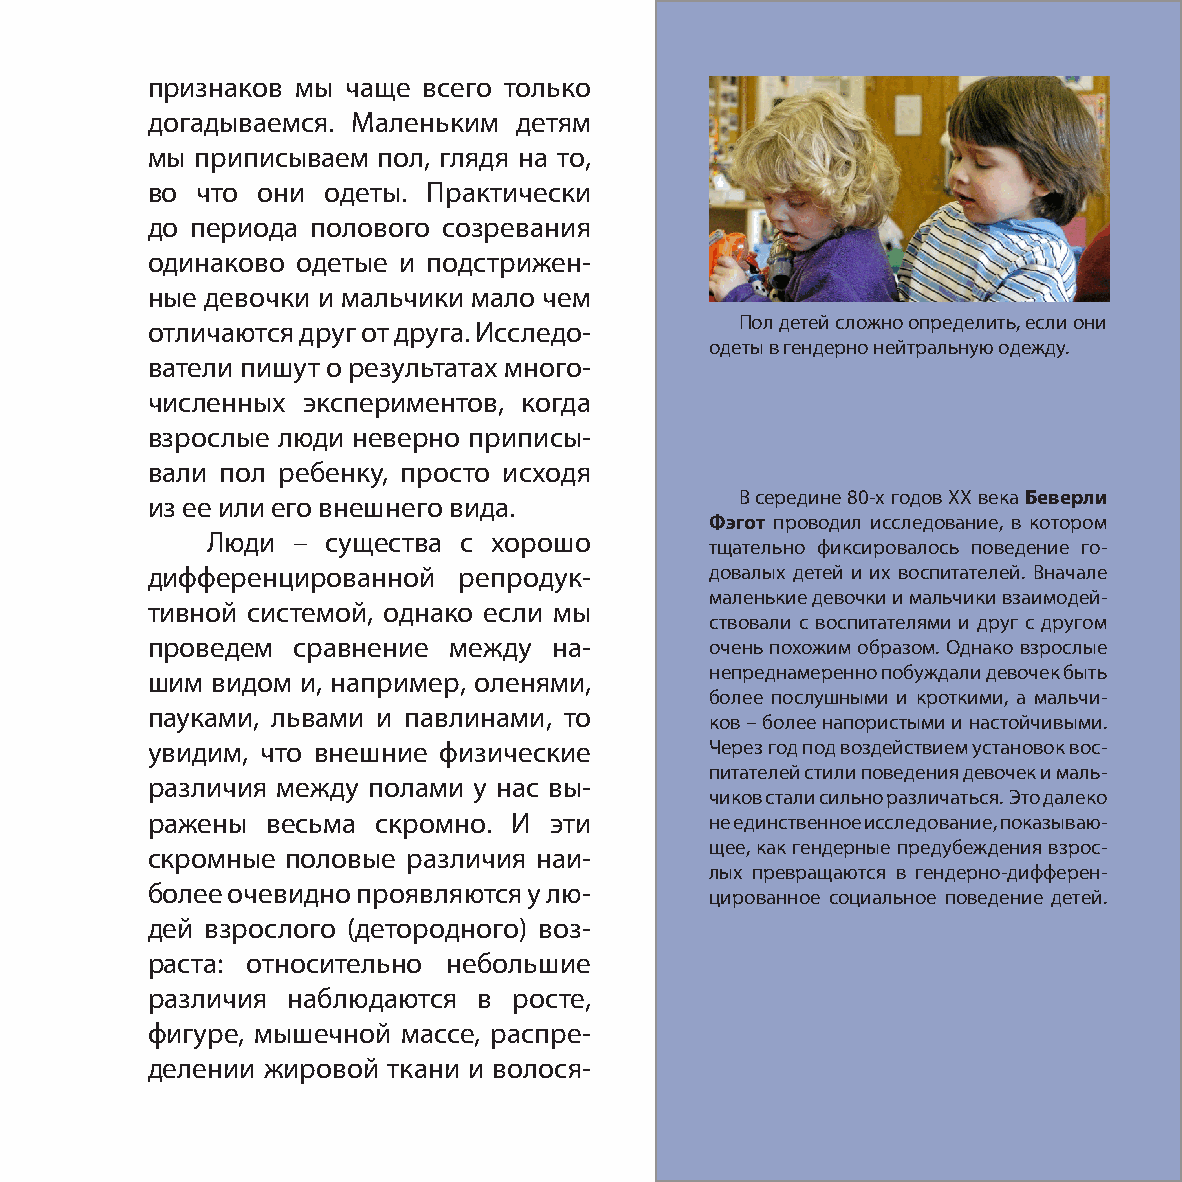
признаков мы чаще всего только
 догадываемся. Маленьким детям
 мы приписываем пол, глядя на то,
 во что они  одеты. Практически
 до периода полового созревания
 одинаково одетые и подстрижен-
 ные девочки и мальчики мало чем
 Пол детей сложно определить, если они
 отличаются друг от друга. Исследо-
 одеты в гендерно нейтральную одежду.
 ватели пишут о результатах много-
 численных экспериментов, когда
 взрослые люди неверно приписы-
 вали пол ребенку, просто исходя
 В середине 80-х годов XX века Беверли
 из ее или его внешнего вида.
 Фэгот проводил исследование, в котором
 Люди –  существа с хорошо
 тщательно фиксировалось поведение го-
 дифференцированной  репродук-        довалых детей и их воспитателей. Вначале
 маленькие девочки и мальчики взаимодей-
 тивной системой, однако если мы
 ствовали с воспитателями и друг с другом
 проведем сравнение  между  на-       очень похожим образом. Однако взрослые
 непреднамеренно побуждали девочек быть
 шим видом и, например, оленями,
 более послушными и кроткими, а мальчи-
 пауками, львами и павлинами, то
 ков – более напористыми и настойчивыми.
 увидим, что внешние физические       Через год под воздействием установок вос-
 питателей стили поведения девочек и маль-
 различия между полами у нас вы-
 чиков стали сильно различаться. Это далеко
 ражены  весьма скромно. И эти        не единственное исследование, показываю-
 щее, как гендерные предубеждения взрос-
 скромные половые различия наи-
 лых превращаются в гендерно-дифферен-
 более очевидно проявляются у лю-
 цированное социальное поведение детей.
 дей взрослого (детородного) воз-
 раста: относительно небольшие
 различия наблюдаются  в росте,
 фигуре, мышечной массе, распре-
 делении жировой ткани и волося-